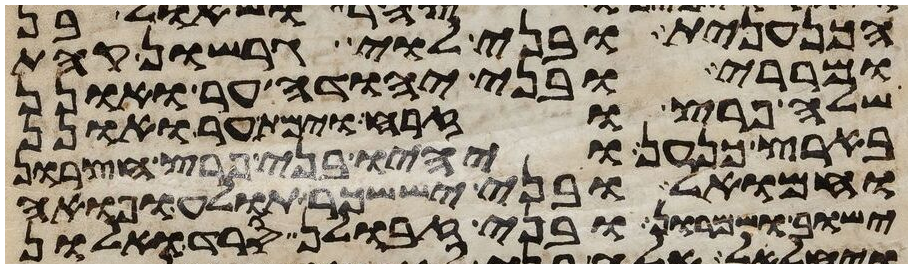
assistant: הכנענית ובני לוי גרשון קהת
ומררי ובני יהודה ער ואונן
שלה פרץ וזרח וימת ער ואונן
בארץ כנען ויהיו בני פרץ חצרון
וחמואל ובני יששכר תולע ופואה
ישוב ושמרון ובני זבולן סרד ואלון